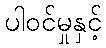
ပါဝင်မှုနှင့်